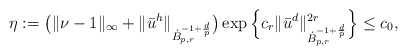
\begin{align*}\eta := \big( \| \nu - 1 \|_\infty + \|\bar{u}^h\|_{\dot{B}_{p,r}^{-1+\frac{d}{p}}}\big)\exp\Big\{ c_r \|\bar{u}^d\|_{\dot{B}_{p,r}^{-1+\frac{d}{p}}}^{2r} \Big\}\leq c_0,\end{align*}